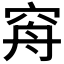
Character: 𥥳